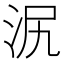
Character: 泦